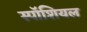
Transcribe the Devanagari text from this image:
स्पॉशियल